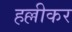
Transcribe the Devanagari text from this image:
हल्लीकर